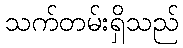
သက်တမ်းရှိသည်